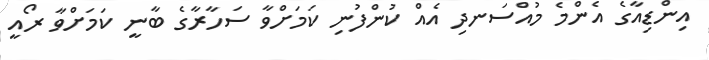
އިންޑިއާގެ އެންމެ މުއްސަނދި އެއް ކުންފުނި ކަމަށްވާ ސަހާރާގެ ބާނީ ކަމަށްވާ ރޯއީ